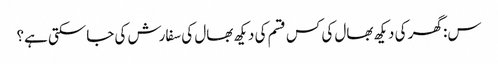
س: گھر کی دیکھ بھال کی کس قسم کی دیکھ بھال کی سفارش کی جاسکتی ہے؟